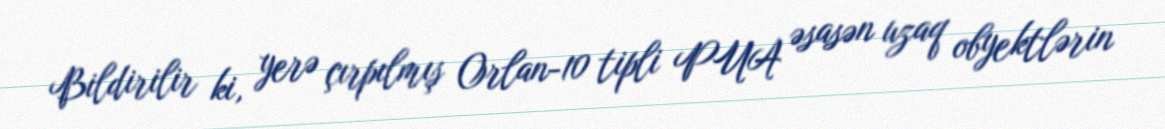
Bildirilir ki, yerə çırpılmış Orlan-10 tipli PUA əsasən uzaq obyektlərin